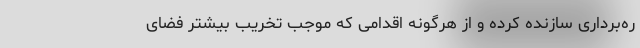
ره‌برداری سازنده کرده و از هرگونه اقدامی که موجب تخریب بیشتر فضای